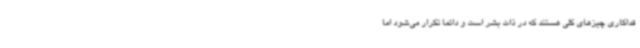
فداکاری چیزهای کلی‌ هستند که در ذات بشر است و دائما تکرار می‌شود اما